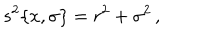
LaTeX: s ^ { 2 } \{ x , \sigma \} = r ^ { 2 } + \sigma ^ { 2 } \, ,